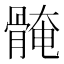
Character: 𱅰